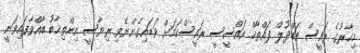
މިހާރުގެ ރައީސް އަބްދުލް ފައްތާހް އައްސީސީ ރައީސްކަމަށް ވަޑައިގެންނެވި ރިޔާސީ އިންތިޚާބު ބާއްވާފައިވަނީ